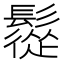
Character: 䰌